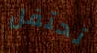
نحتفل